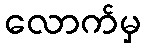
လောက်မှ